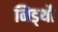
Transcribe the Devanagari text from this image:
निड्थौ